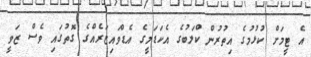
އެ ޓީމަށް ކުޅުމުގެ އިތުރުން ކްލަބުގެ އެކަޑަމީގެ އެޑްވައިޒަރެއްގެ ގޮތުގައި ވެސް ޒަވީ